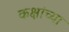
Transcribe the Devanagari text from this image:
कक्षांच्या